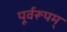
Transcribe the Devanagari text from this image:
पूर्वरूपम्